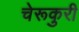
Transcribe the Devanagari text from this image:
चेरूकुरी